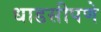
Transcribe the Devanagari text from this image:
धाडसीपणे